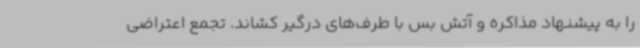
را به پیشنهاد مذاکره و آتش بس با طرف‌های درگیر کشاند. تجمع اعتراضی